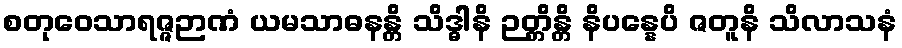
စတုဝေသာရဇ္ဇဉာဏံ ယမသာဓနန္တိ သိဒ္ဓါနိ ဉတ္တိန္တိ နိပန္နေပိ ဇတူနိ သိလာသနံ